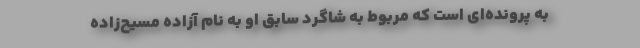
به پرونده‌ای است که مربوط به شاگرد سابق او به نام آزاده مسیح‌زاده